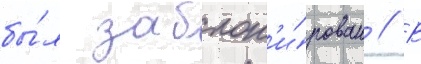
бы́л заблок'и́рован // В